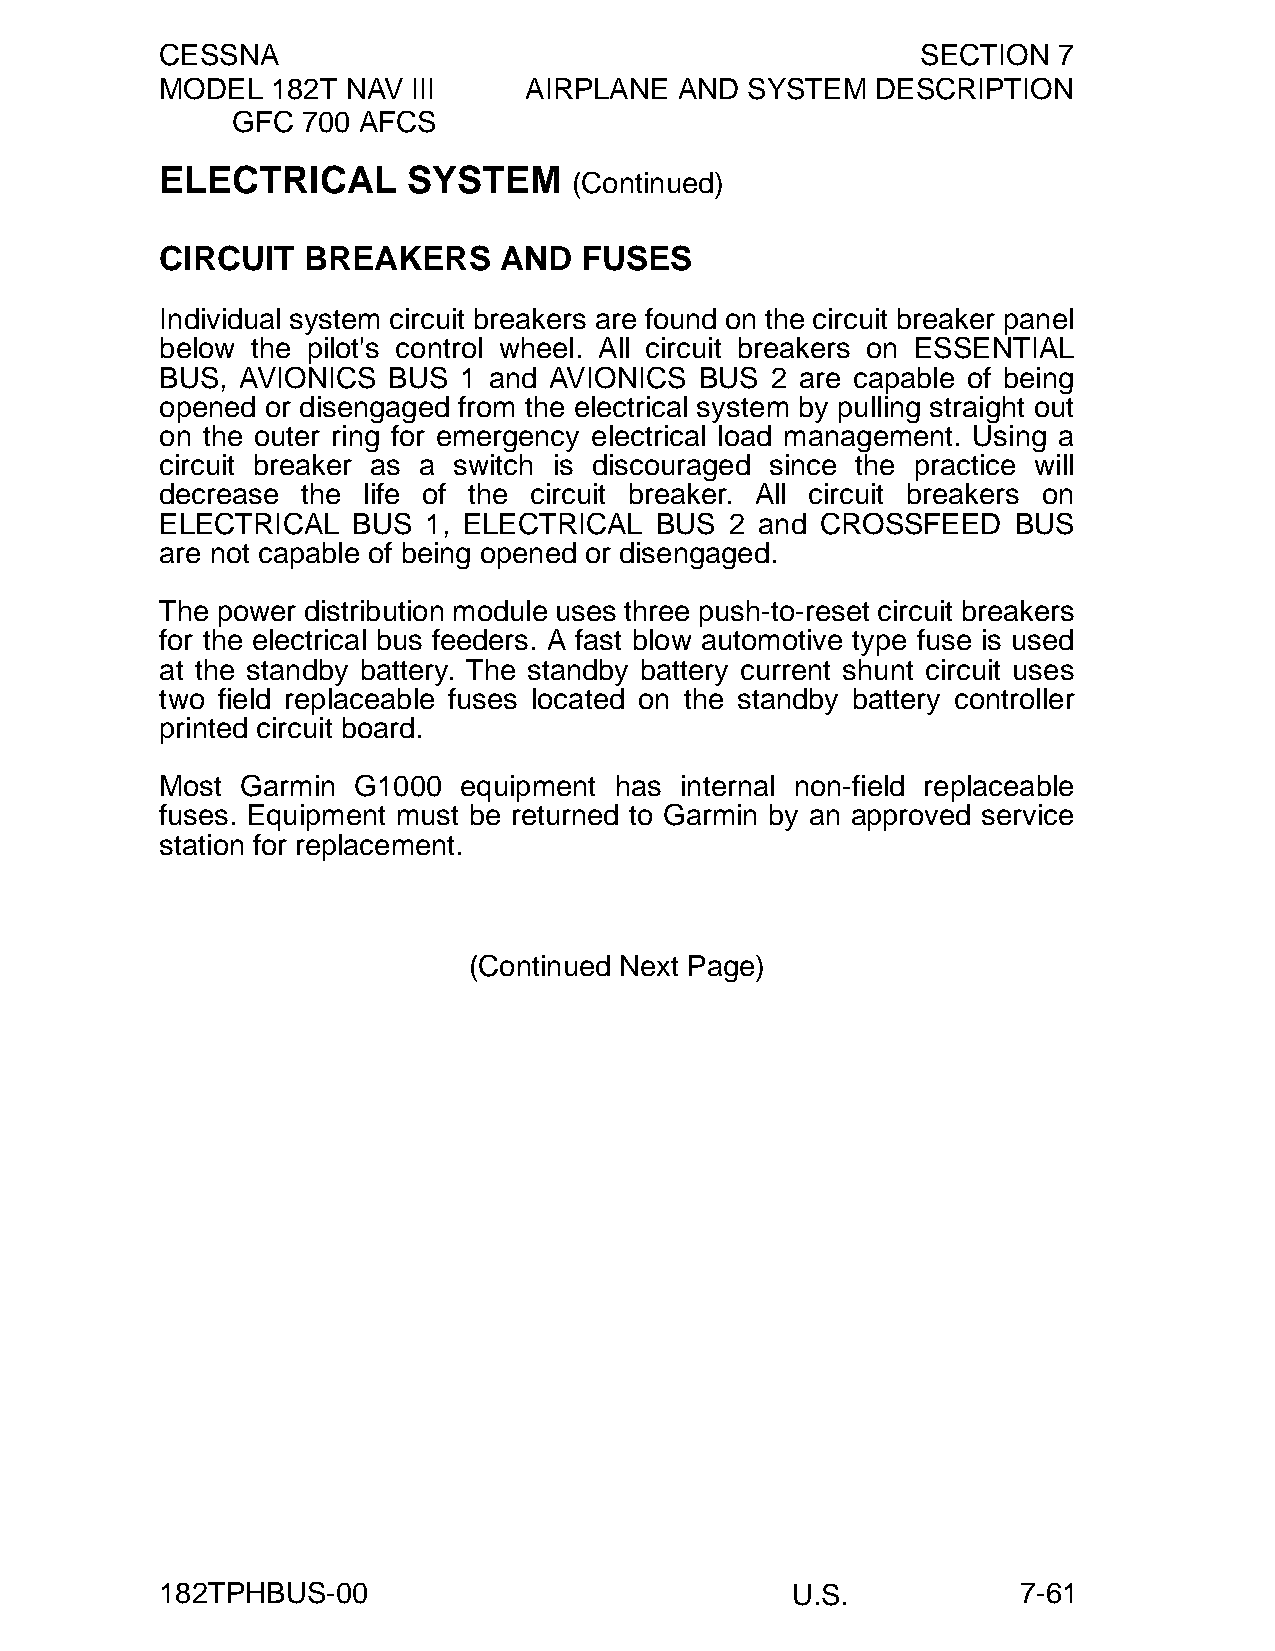
CESSNA                                            SECTION  7
 MODEL  182T NAV III     AIRPLANE  AND SYSTEM   DESCRIPTION
 GFC  700 AFCS
 ELECTRICAL      SYSTEM
 (Continued)
 CIRCUIT  BREAKERS     AND  FUSES
 Individual system circuit breakers are found on the circuit breaker panel
 below the pilot's control wheel. All circuit breakers on ESSENTIAL
 BUS, AVIONICS  BUS 1 and AVIONICS  BUS  2 are capable of being
 opened or disengaged from the electrical system by pulling straight out
 on the outer ring for emergency electrical load management. Using a
 circuit breaker as a switch is discouraged since the practice will
 decrease the life of the circuit breaker. All circuit breakers on
 ELECTRICAL  BUS  1, ELECTRICAL  BUS  2 and CROSSFEED    BUS
 are not capable of being opened or disengaged.
 The power distribution module uses three push-to-reset circuit breakers
 for the electrical bus feeders. A fast blow automotive type fuse is used
 at the standby battery. The standby battery current shunt circuit uses
 two field replaceable fuses located on the standby battery controller
 printed circuit board.
 Most Garmin G1000  equipment  has internal non-field replaceable
 fuses. Equipment must be returned to Garmin by an approved service
 station for replacement.
 (Continued Next Page)
 182TPHBUS-00                             U.S.            7-61